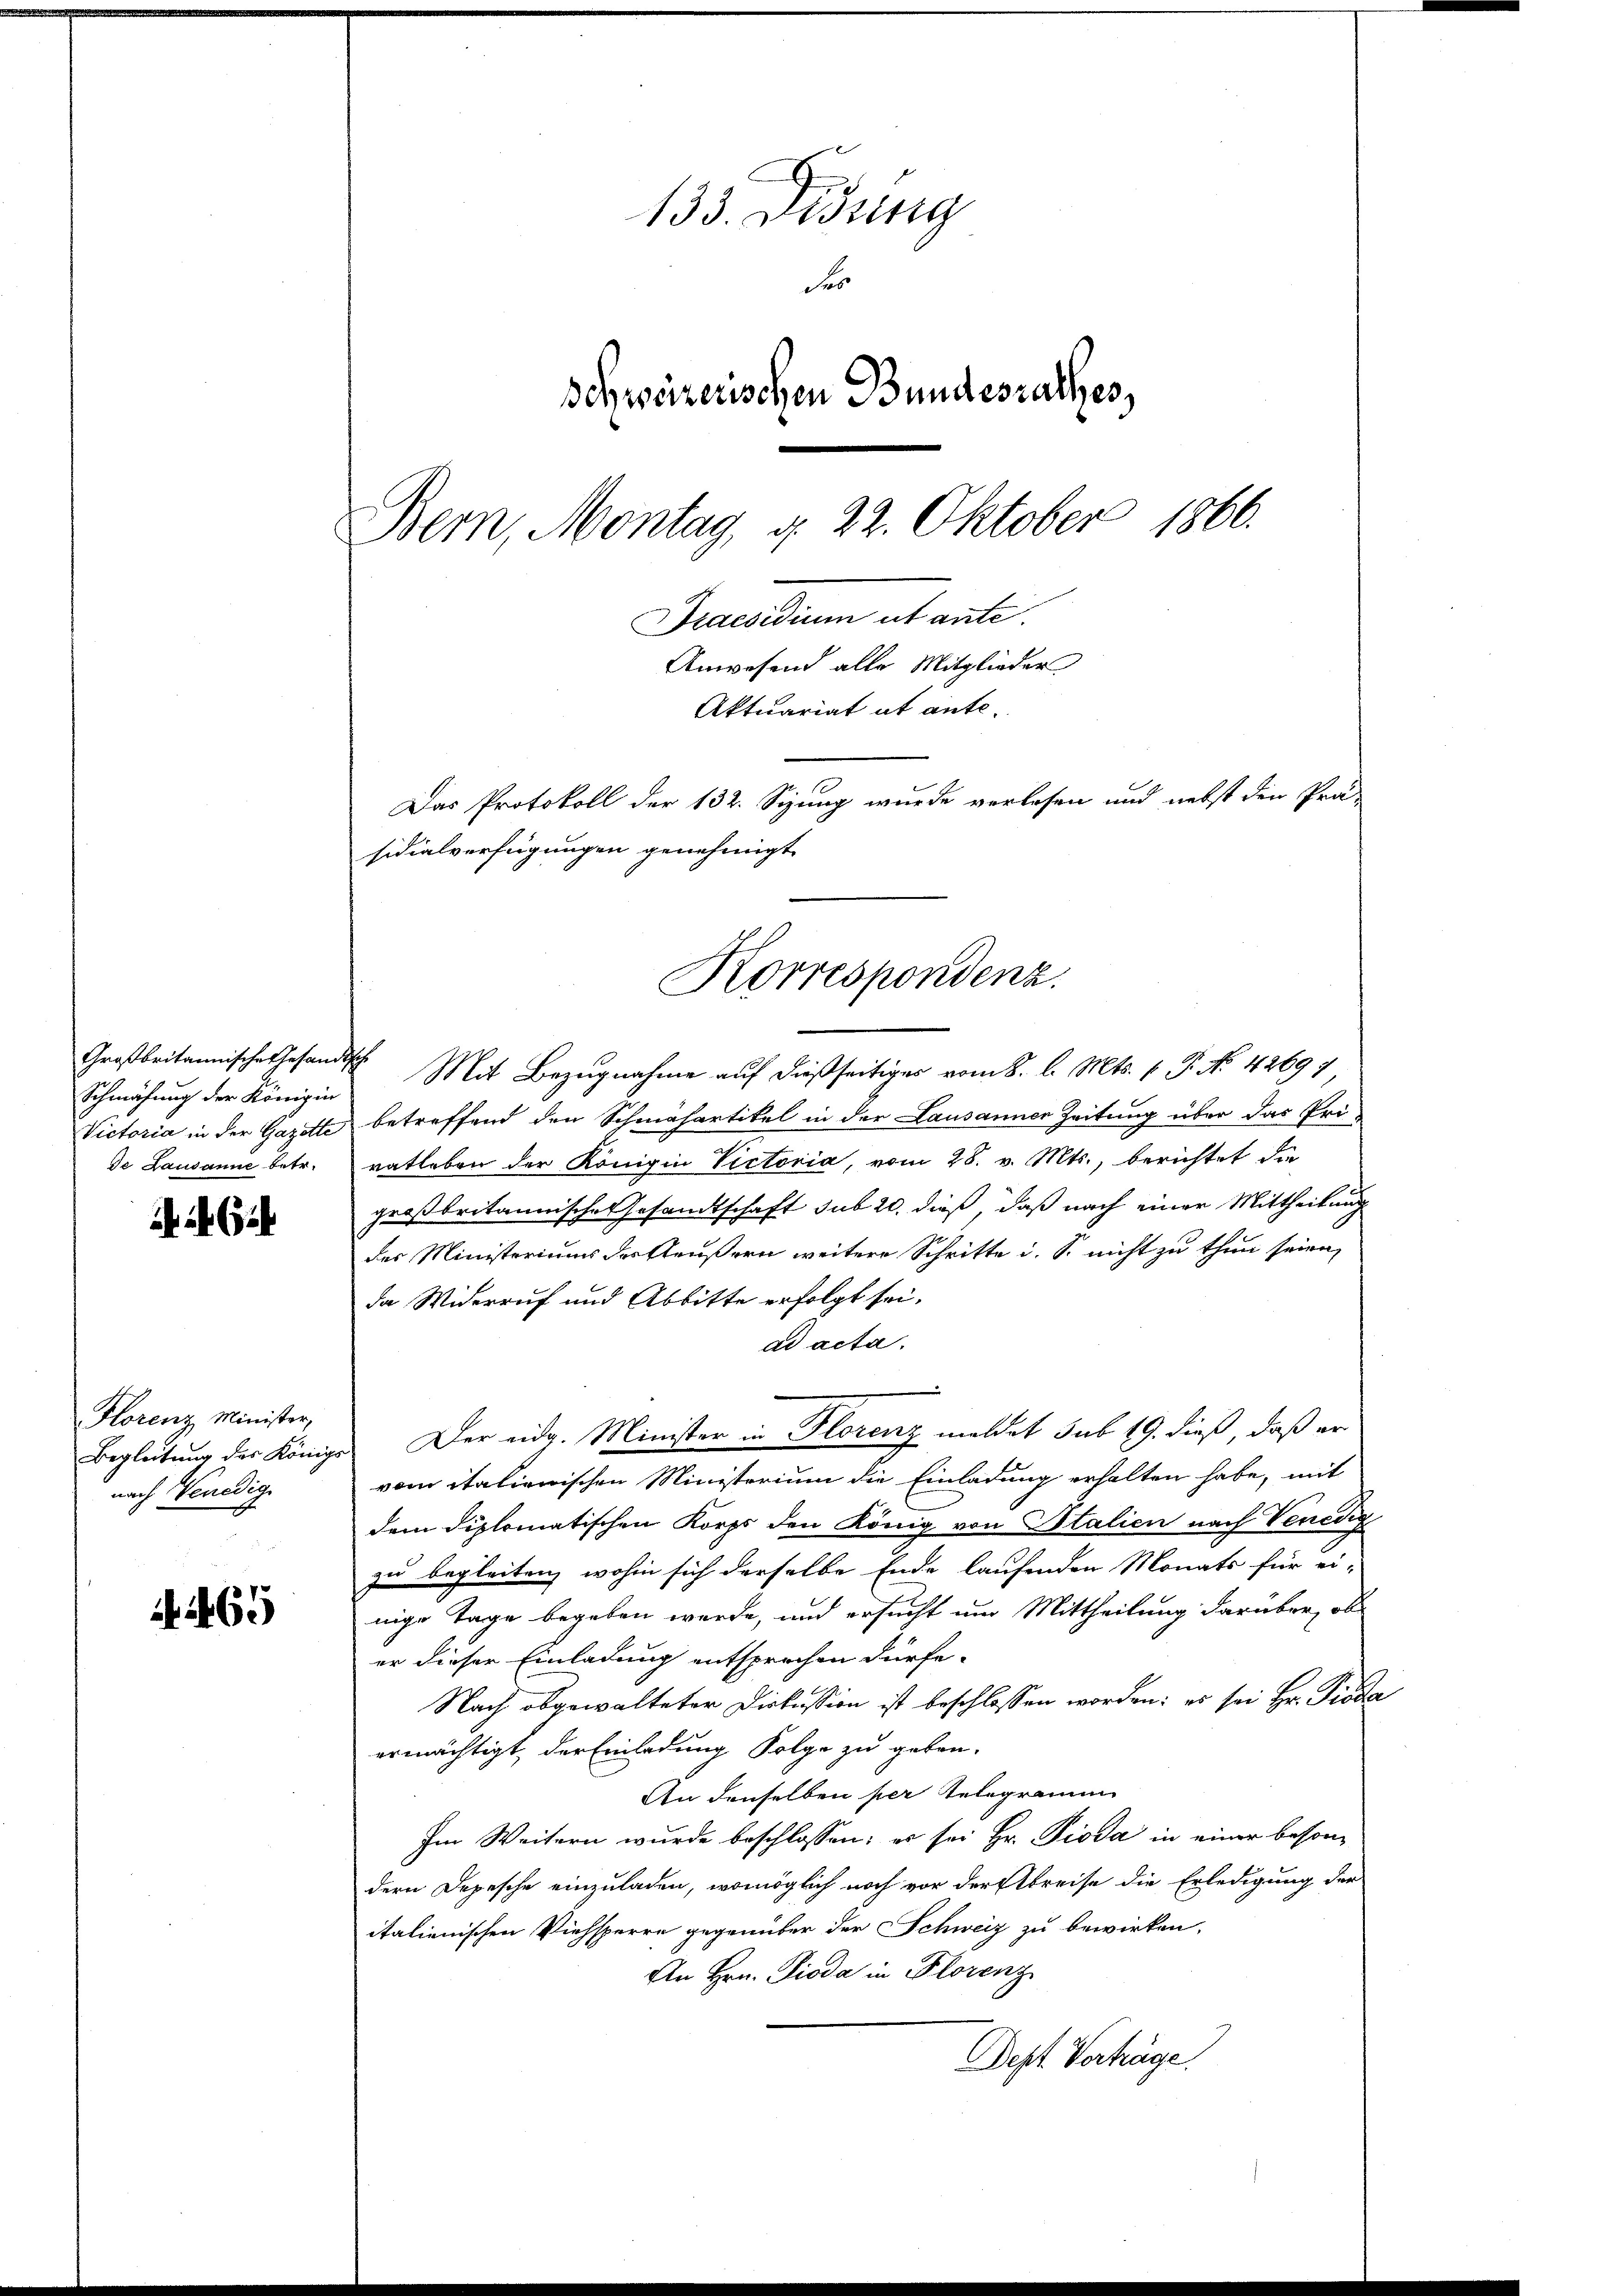
Schmähung der Königin
de Lausanne betr.

24.

Florenz Minister,
Begleitung der König
nach Venedige

1465

133. Didung
Se
schweizerischen Bundesrathes,
Bern, Montag, d. 22. Oktober 1866.
Praesidium ut ante.
Anwesend alle Mitglieder
Aktuariat et ante-
Das Protokoll der 132. Sizung wurde verlesen und nebst den Prä-
sidialverfügungen genehmigt.

Korrespondenz.

Großbritannische Gesandtsch. Mit Bezugnahme auf dießseitiges vom 8. l. Mts. f. P. No. 42697
Victoria in der Gazette betreffend den Schmähartikel in der Lausanner Zeitung über das Pri-
vatleben der Königin Victoria, vom 28. v. Mts., berichtet die
großbritannische Gesandtschaft sub 20. dieß, daß nach einer Mittheilung
des Ministeriums der Aeußern weitere Schritte d. S. nicht zu thun seien,
da Widerruf und Abbitte erfolgt sei.
ad acta.
u Der eidg. Minister in Florenz meldet sub 19. dieß, daß er
vom italienischen Ministerium die Einladung erhalten habe, mit
dem diplomatischen Korps den König von Stalien nach Venedig
zu begleiten, wohin sich derselbe Ende laufenden Monats für ei-
nige Tage begeben werde, und ersucht um Mittheilung darüber, ob
er dieser Einladung entsprechen dürfe.
Nach obgewalteter Diskussion ist beschlossen worden: es sei Hr. Pioda
ermächtigt, der Einladung Folge zu geben.
An denselben per Telegramm
Im Weitern wurde beschlossen: es sei Hr. Pioda in einer besondern Depesche einzuladen, womöglich noch vor der Erbreise die Erledigung der
italienischen Viehsperre gegenüber der Schweiz zu bewirken.
An Hrn. Pioda in Florenz
Pept Verhäge